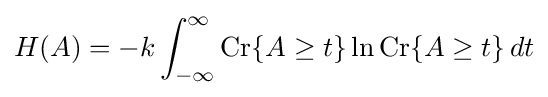
H(A)=-k\int _{-\infty }^{\infty }\operatorname {Cr} \lbrace A\geq t\rbrace \ln \operatorname {Cr} \lbrace A\geq t\rbrace \,dt